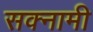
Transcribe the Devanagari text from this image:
सक्नामी